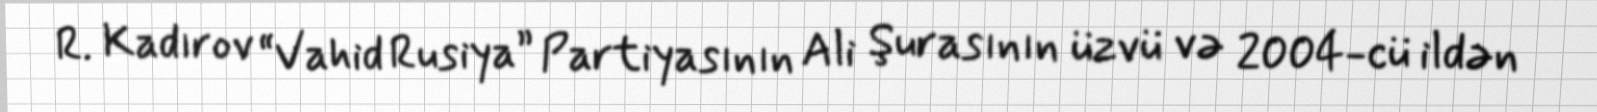
R. Kadırov “Vahid Rusiya” Partiyasının Ali Şurasının üzvü və 2004-cü ildən